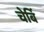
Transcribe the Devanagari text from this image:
चेर्बि